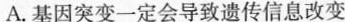
A.基因突变一定会导致遗传信息改变